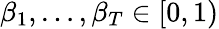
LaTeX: \beta_{1},\dots,\beta_{T}\in[0,1)